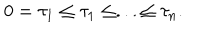
0 = \tau _ { 1 } \leq \tau _ { 1 } \leq . . . \leq \tau _ { n } .